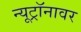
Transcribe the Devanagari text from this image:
न्यूट्रॉनावर